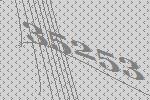
35253